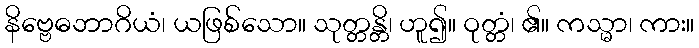
နိဗ္ဗေဓဘာဂိယံ၊ ယဖြစ်သော။ သုတ္တန္တိ၊ ဟူ၍။ ဝုတ္တံ၊ ၏။ ကသ္မာ၊ ကား။